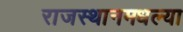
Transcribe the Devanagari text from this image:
राजस्थानमधल्या